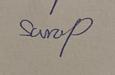
Signature authenticity: genuine